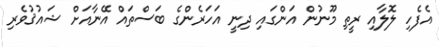
އެފެހި ލޮލާއި ރީތި މޫނުން އަންގައި ދިނީ އަހަރެންގެ ބަސްތައް އޭނާއަށް ޝައުޤުވެރި